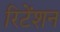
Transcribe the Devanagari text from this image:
रिटेंशन